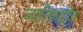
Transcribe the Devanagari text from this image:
जहीरूद्दीन